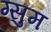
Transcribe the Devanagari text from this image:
ग्सुम